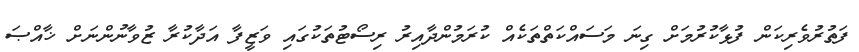
ފަތުރުވެރިކަން ފުޅާކުރުމަށް ގިނަ މަސައްކަތްތަކެއް ކުރަމުންދާއިރު ރިސޯޓުތަކުގައި ވަޒީފާ އަދާކުރާ ޒުވާނުންނަށް ޚާއްޞަ